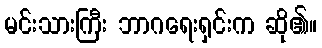
မင်းသားကြီး ဘာဂရေးရှင်းက ဆို၏။